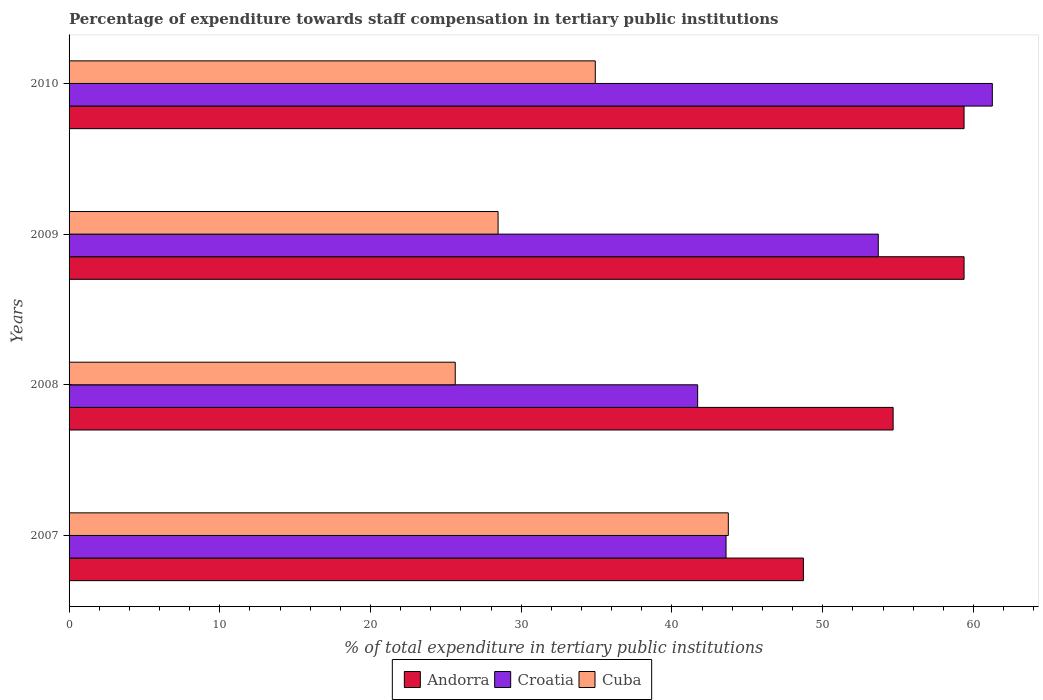
| Years | Andorra | Croatia | Cuba |
 | --- | --- | --- | --- |
 | 2007 | 48.7 | 43.6 | 43.7 |
 | 2008 | 54.7 | 41.7 | 25.6 |
 | 2009 | 59.4 | 53.7 | 28.5 |
 | 2010 | 59.4 | 61.3 | 34.9 |